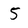
Character: 5